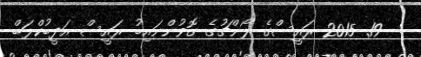
:  19